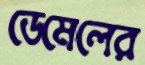
ডেমেলের